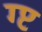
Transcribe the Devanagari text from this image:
ग्प्ट